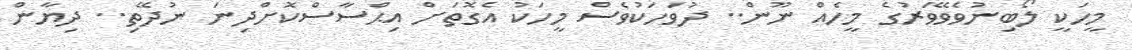
މީހަކީ ލޯބިނުވެވޭވަރުގެ މީހެއް ނޫން.. ދުވަހަކުވެސް މީހަކު އެގޮތަށް އިޙްސާސްކޮށްދިނަ ނުދޭތި.. ދިޔާން